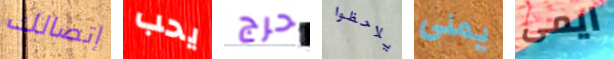
إتصالك يحب حرج يلاحظوا يمنى ايمى